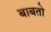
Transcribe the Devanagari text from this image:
बाबतो